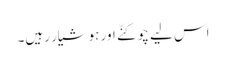
اس لیے چوکنّے اور ہوشیار رہیں۔